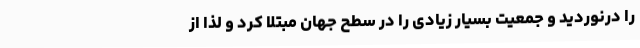
را درنوردید و جمعیت بسیار زیادی را در سطح جهان مبتلا کرد و لذا از